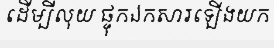
ដើម្បីលុយ ផ្ទុកឯកសារឡើងយក